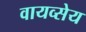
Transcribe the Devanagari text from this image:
वायव्सेय